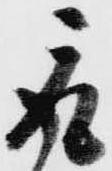
取